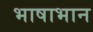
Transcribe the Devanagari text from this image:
भाषाभान